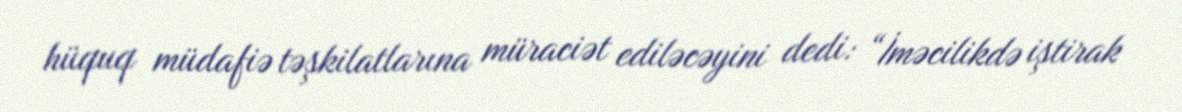
hüquq müdafiə təşkilatlarına müraciət ediləcəyini dedi: “İməcilikdə iştirak